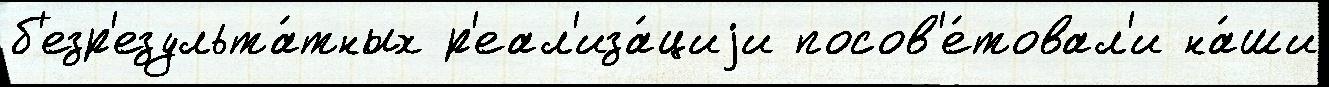
б'езр'езульта́тных р'еал'иза́циjи посов'е́товал'и на́ши